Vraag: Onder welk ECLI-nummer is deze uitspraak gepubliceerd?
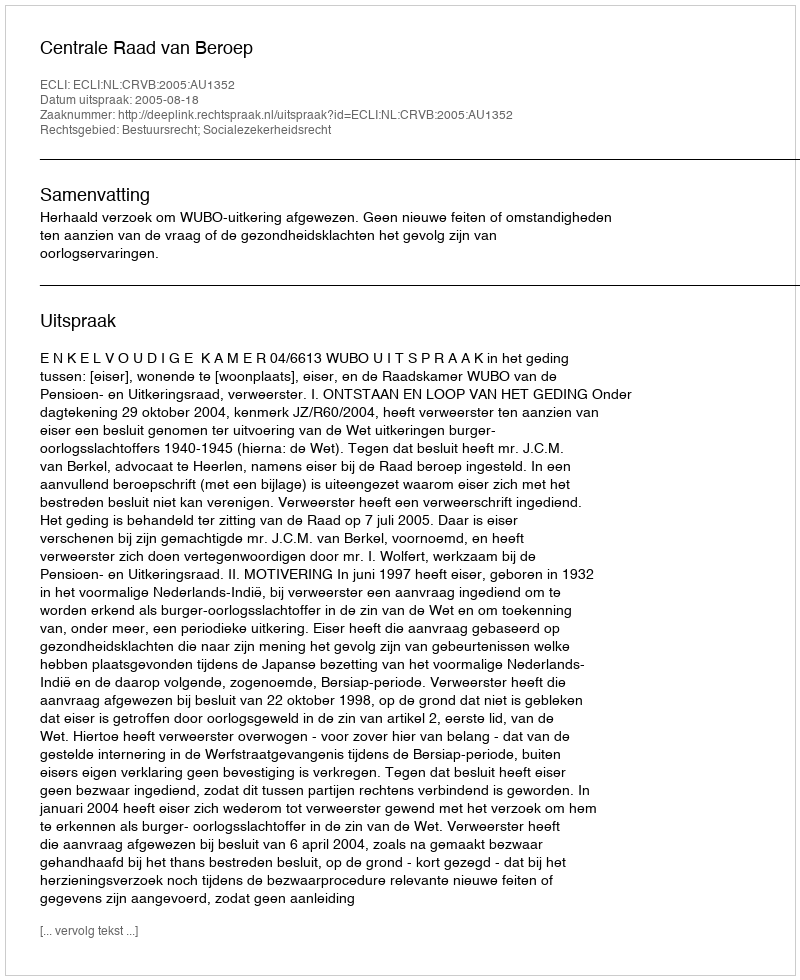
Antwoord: ECLI:NL:CRVB:2005:AU1352